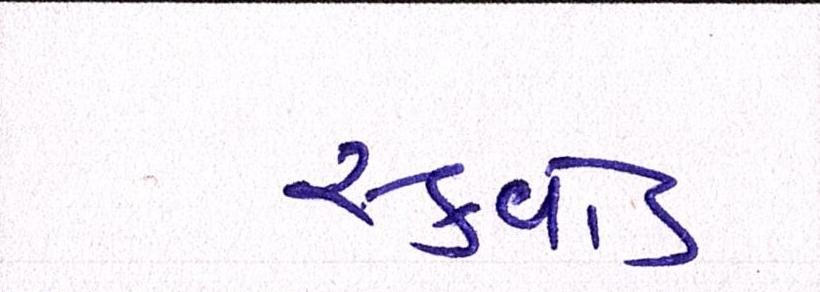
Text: સ્ક્વોડ